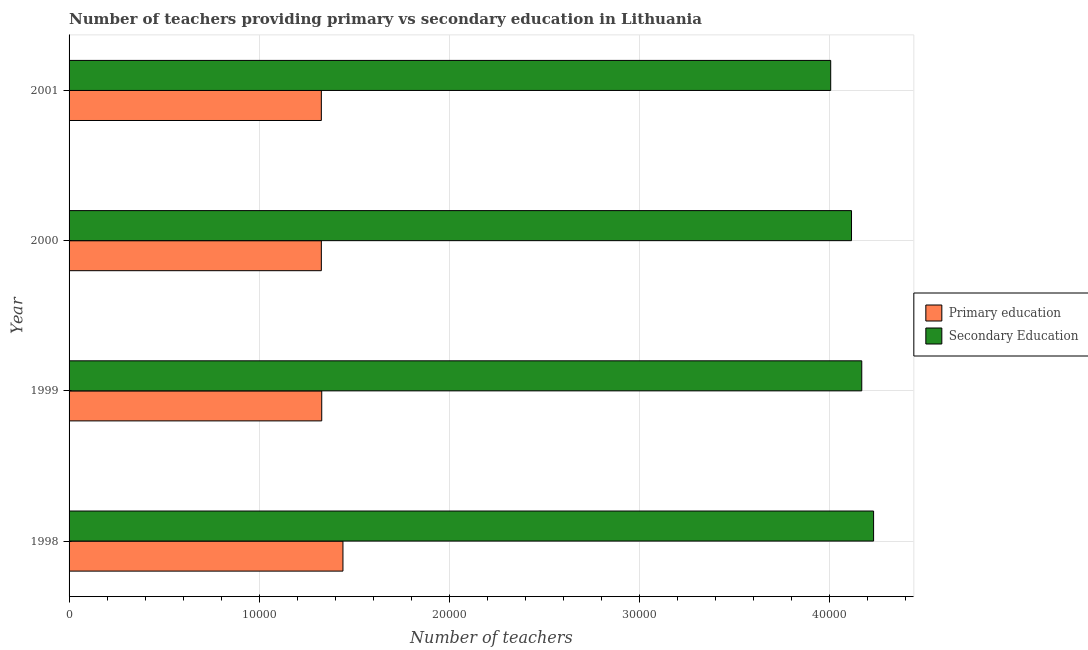
| Year | Primary education | Secondary Education |
 | --- | --- | --- |
 | 1998 | 1.44e+04 | 4.23e+04 |
 | 1999 | 1.33e+04 | 4.17e+04 |
 | 2000 | 1.33e+04 | 4.11e+04 |
 | 2001 | 1.33e+04 | 4e+04 |